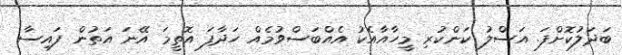
ބަދަލުކޮށްފަ. އަސްލު ކަންކުރި މީހާއާއެކު އެއްބަސްވުމެއް ހަދާފަ އޮތީމަ އޭނަ އަތުން ފައިސާ